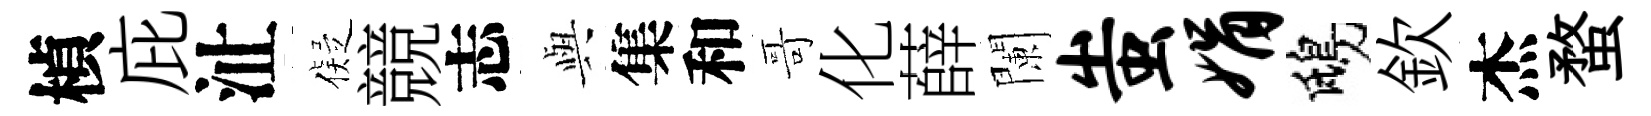
楨庇沚儗競志𫤰集和哥化薛闌蚩娟鴟欽杰蝥